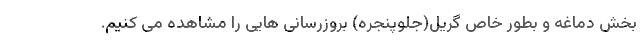
بخش دماغه و بطور خاص گریل(جلوپنجره) بروزرسانی هایی را مشاهده می کنیم.